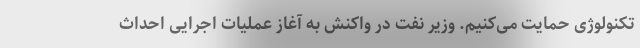
تکنولوژی حمایت می‌کنیم. وزیر نفت در واکنش به آغاز عملیات اجرایی احداث